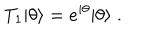
T _ { 1 } | \theta \rangle = e ^ { i \theta } | \theta \rangle \; .